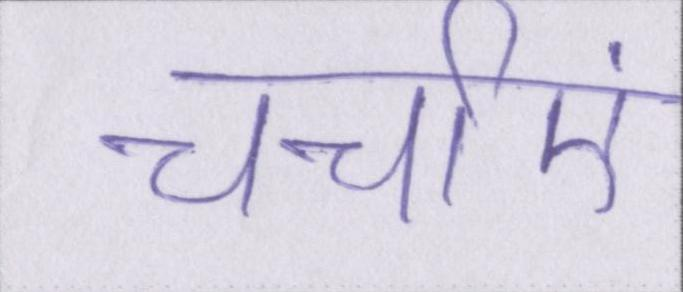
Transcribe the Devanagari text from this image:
चर्चाएं